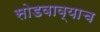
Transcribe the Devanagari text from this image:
सोडवाव्याच